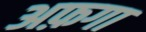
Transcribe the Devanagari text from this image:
अफ़गा